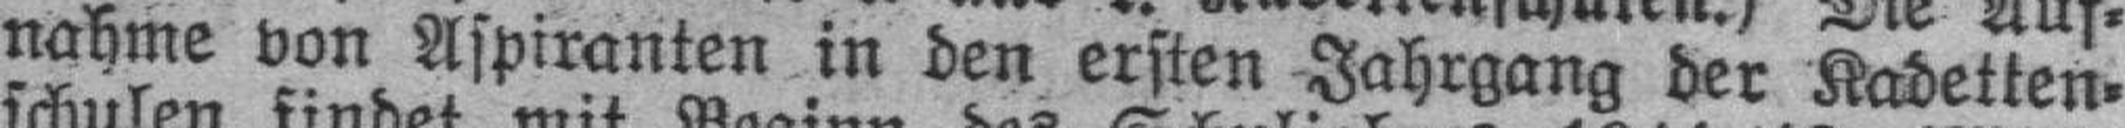
nahme von Aspiranten in den ersten Jahrgang der Kadetten¬